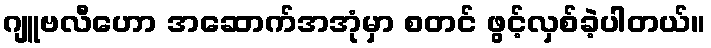
ဂျူဗလီဟော အဆောက်အအုံမှာ စတင် ဖွင့်လှစ်ခဲ့ပါတယ်။